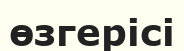
өзгерісі